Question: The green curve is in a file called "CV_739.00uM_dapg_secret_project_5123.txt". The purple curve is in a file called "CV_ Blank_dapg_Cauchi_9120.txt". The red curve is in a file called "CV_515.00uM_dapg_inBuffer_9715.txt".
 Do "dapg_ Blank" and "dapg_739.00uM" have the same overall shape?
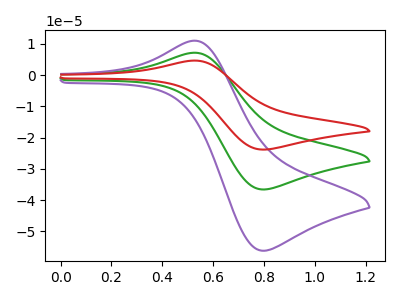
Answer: <think>The green curve "dapg_739.00uM" has an anodic peak at (0.55V, 7.20uA) and a cathodic peak at (0.80V, -36.60uA). The purple curve "dapg_ Blank" has an anodic peak at (0.55V, 11.05uA) and a cathodic peak at (0.80V, -56.25uA). The red curve "dapg_515.00uM" has an anodic peak at (0.55V, 14.40uA) and a cathodic peak at (0.80V, -73.25uA).
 All the peaks in "dapg_ Blank" have a peak in "dapg_739.00uM" at the same potential. Every peak in "dapg_ Blank" is higher than every peak in "dapg_739.00uM".</think>
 <answer>"dapg_ Blank" and "dapg_739.00uM" are similar in shape.</answer>
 <eval>same_shape</eval>